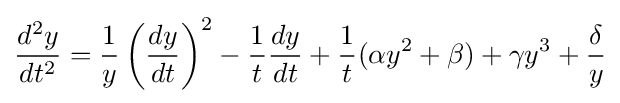
{\frac {d^{2}y}{dt^{2}}}={\frac {1}{y}}\left({\frac {dy}{dt}}\right)^{2}-{\frac {1}{t}}{\frac {dy}{dt}}+{\frac {1}{t}}(\alpha y^{2}+\beta )+\gamma y^{3}+{\frac {\delta }{y}}